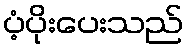
ပံ့ပိုးပေးသည်